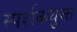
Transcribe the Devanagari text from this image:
स्पर्शकयुक्त